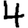
Digit: 4